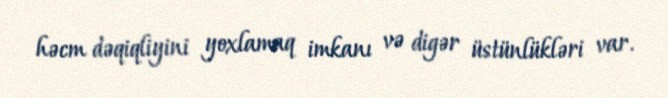
həcm dəqiqliyini yoxlamaq imkanı və digər üstünlükləri var.